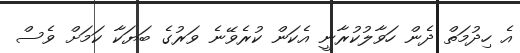
އެ ހިދުމަތް ދެން ހަވާލުކުރާނީ އެކަން ކުރެވޭނެ ވަރުގެ ބަޔަކާ ކަމަށް ވެސް